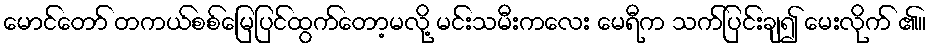
မောင်တော် တကယ်စစ်မြေပြင်ထွက်တော့မလို့ မင်းသမီးကလေး မေရီက သက်ပြင်းချ၍ မေးလိုက် ၏။